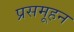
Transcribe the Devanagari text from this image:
प्रसमूहन